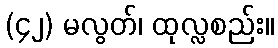
(၄၂) မလွတ်၊ ထုလ္လစည်း။